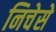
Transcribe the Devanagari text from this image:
निचेसे